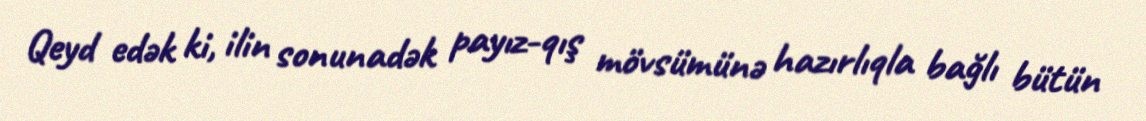
Qeyd edək ki, ilin sonunadək payız-qış mövsümünə hazırlıqla bağlı bütün